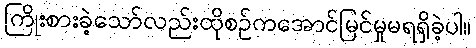
ကြိုးစားခဲ့သော်လည်းထိုစဉ်ကအောင်မြင်မှုမရရှိခဲ့ပါ။